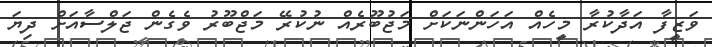
ވަޒީފާ އަދާކުރާ މީހެއް އަހަންނަކަށް މަޖުބޫރެއް ނުކުރޭ މަޖްބޫރު ވެގެން ޖަލްސާއަށް ދިޔަ